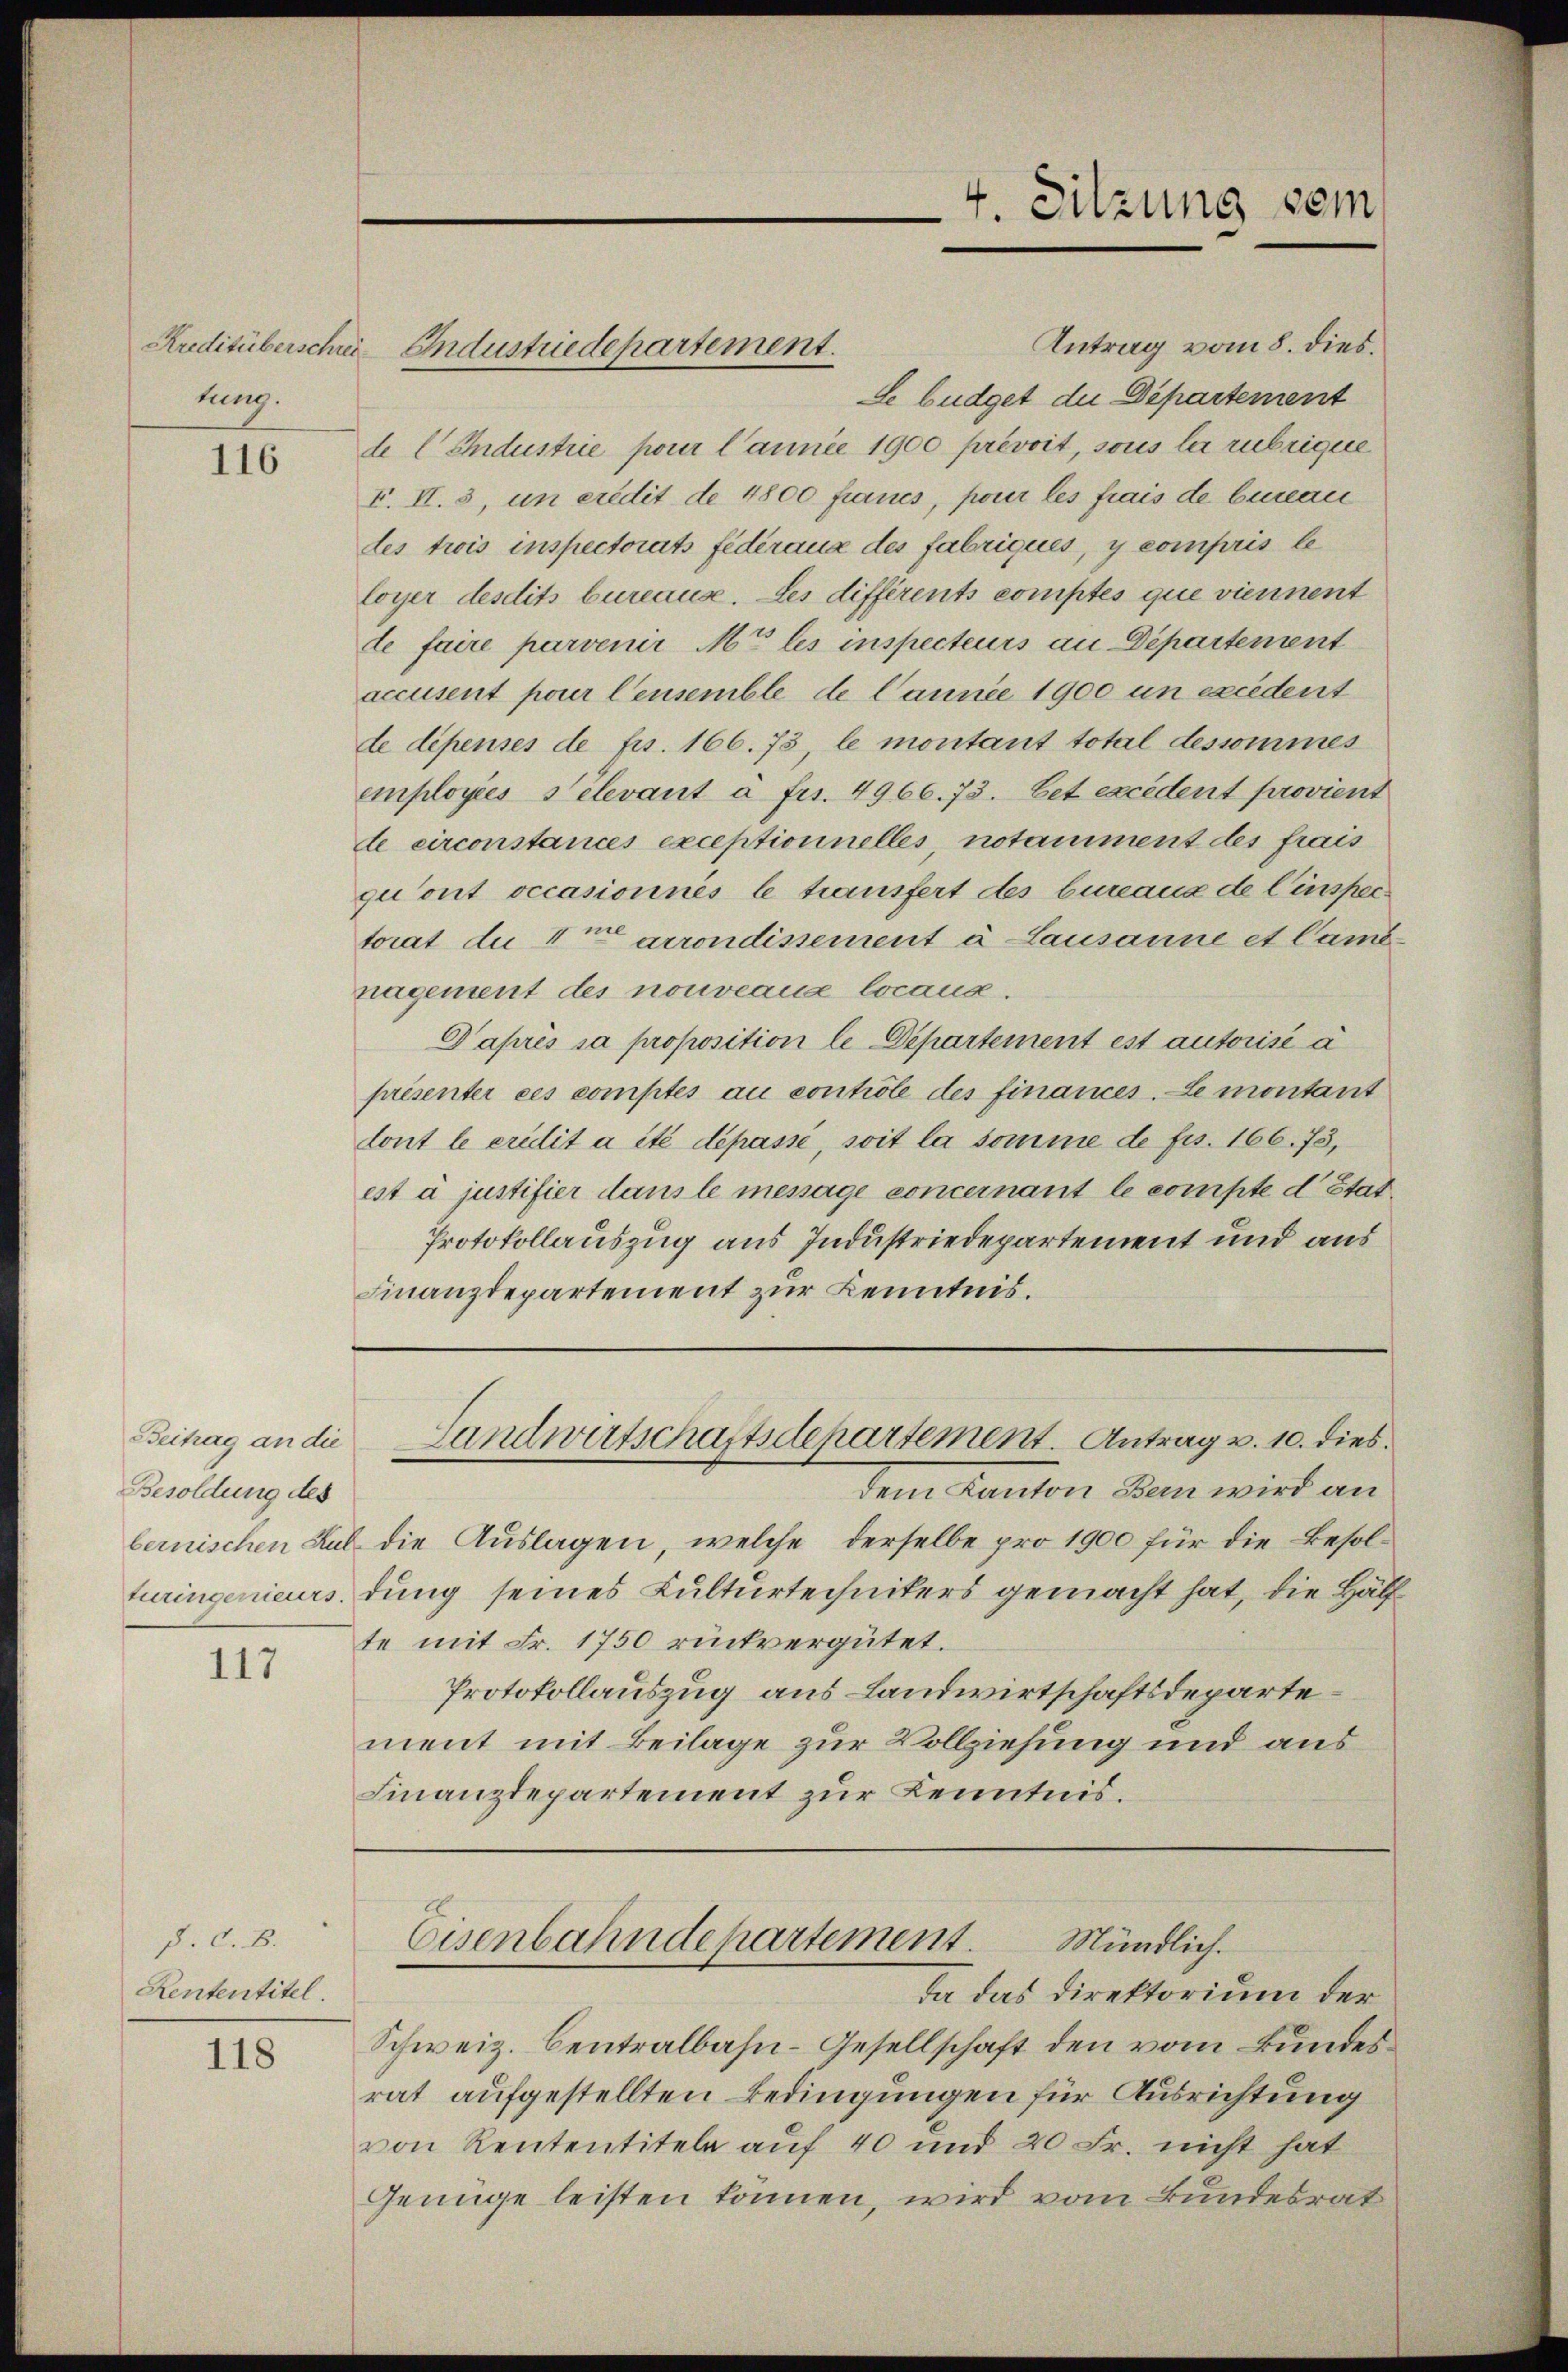
hung.

116

Beitrag an die
Besoldung des
bernischen Kul

117

P. C. B.
Rententitel.

118

Antrag vom 8. dies.
Le büdget die Departement
de Industrie pour l’année 1900 prévoit, sous la rubrique
F. II. 3, um eredit de 4800 francs, pour les frais de benan
des trois inspectorats fédéraux des Fabriques, y compris le
loyer desdits bureause. Des différents comptés que viennent
te faire parvenir Mt les inspecteurs an Departement
accusent pour Censemble de Cannée 1900 un excédent
de dépenses de frs. 166. 73, le montant total dessommes
employées Selevant à Fr. 4966. 73. Cet excédent provient
de circonstances exceptionnelles, notaimment des frais
qu’ont occasionnes le transfert des bureaux de l’inspertorat du 4t arrondissement à Lausanne et Camb
nagement des nouveaux locaux.
Daprès sa proposition le Departement est autorise a
présenter ces comptes au controle des finances. Le montant
tont le credit a été dépassé, soit la somme de frs. 166. 73,
est à justifier dans le message concernant le compte d Stat.
Protokollauszug aus Industriedepartement und aus
Finanzdepartement zur Kenntnis.

Kreditüberschen Industriedepartement.

4. Sitzung sein

dem Kanton Bann wird an
die Auslagen, welche derselbe pro 1900 für die Besolturingenieurs dung seines Kulturtechnikers gemacht hat, die Hälf
te mit Fr. 1750 rückvergütet.
Protokollauszug aus Landwirtschaftsdepartement mit Beilage zur Vollziehung und aus
Finanzdepartement zur Kenntnis.
Eisenbahndepartement. Mündlich.
da das Direktorium der
Schweiz. Centralbahn-Gesellschaft den vom Bundesrat aufgestellten Bedingungen für Ausrichtung
von Rententiteln auf 40 und 20 Fr. nicht hat
Genüge leisten können, wird vom Bundesrat

Landwirtschaftsdepartement. Antrag v. 10. dies